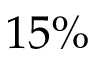
1 5 \%